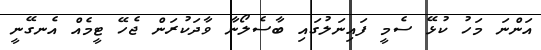
އަންނަ މަހު ކުޅޭ ސެމީ ފައިނަލުގައި ބާސެލޯނާ ވާދަކުރަން ޖެހޭ ޓީމެއް އެނގޭނީ